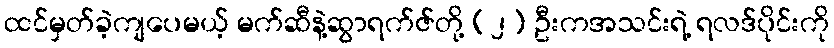
ထင်မှတ်ခဲ့ကျပေမယ့် မက်ဆီနဲ့ဆွာရက်ဇ်တို့ (၂) ဦးကအသင်းရဲ့ ရလဒ်ပိုင်းကို